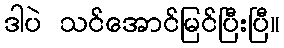
ဒါပဲ သင်အောင်မြင်ပြီးပြီ။